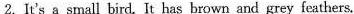
2.It's a small bird. It has brown and grey feathers.